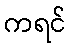
ကရင်